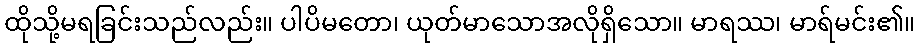
ထိုသို့မရခြင်းသည်လည်း။ ပါပိမတော၊ ယုတ်မာသောအလိုရှိသော။ မာရဿ၊ မာရ်မင်း၏။